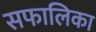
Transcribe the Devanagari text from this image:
सफालिका